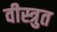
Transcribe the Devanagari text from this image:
वीस्त्रुत